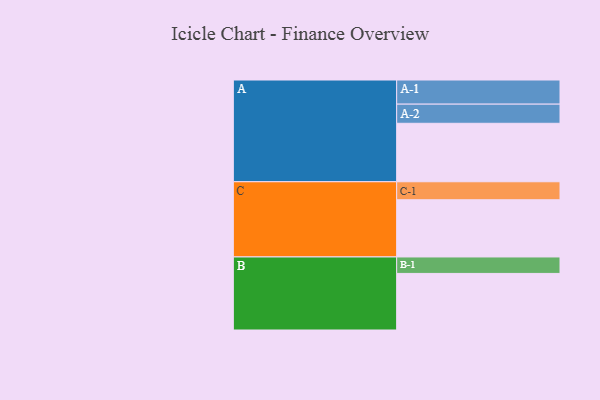
{"axis": {"x": "Segment", "y": "Value"}, "legend": ["", "A", "B", "C"], "data": [{"x": "A", "y": 458, "type": ""}, {"x": "B", "y": 443, "type": ""}, {"x": "C", "y": 448, "type": ""}, {"x": "A-1", "y": 189, "type": "A"}, {"x": "A-2", "y": 150, "type": "A"}, {"x": "B-1", "y": 129, "type": "B"}, {"x": "C-1", "y": 141, "type": "C"}]}